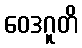
ဝေဒဂူတိ